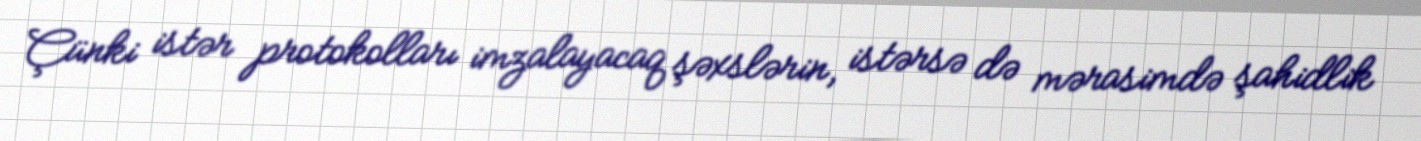
Çünki istər protokolları imzalayacaq şəxslərin, istərsə də mərasimdə şahidlik